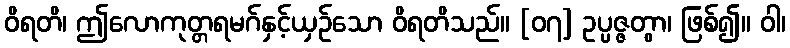
ဝိရတိ၊ ဤလောကုတ္တရမဂ်နှင့်ယှဉ်သော ဝိရတိသည်။ [၀၇] ဥပ္ပဇ္ဇတွာ၊ ဖြစ်၍။ ဝါ၊